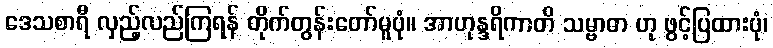
ဒေသစာရီ လှည့်လည်ကြရန် တိုက်တွန်းတော်မူပုံ။ အာဟုန္ဒရိကာတိ သမ္ဗာဓာ ဟု ဖွင့်ပြထားပုံ၊